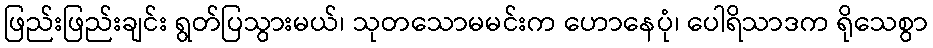
ဖြည်းဖြည်းချင်း ရွတ်ပြသွားမယ်၊ သုတသောမမင်းက ဟောနေပုံ၊ ပေါရိသာဒက ရိုသေစွာ